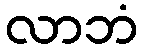
လာဘံ